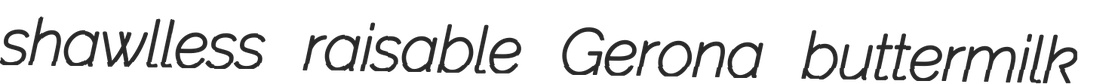
shawlless raisable Gerona buttermilk